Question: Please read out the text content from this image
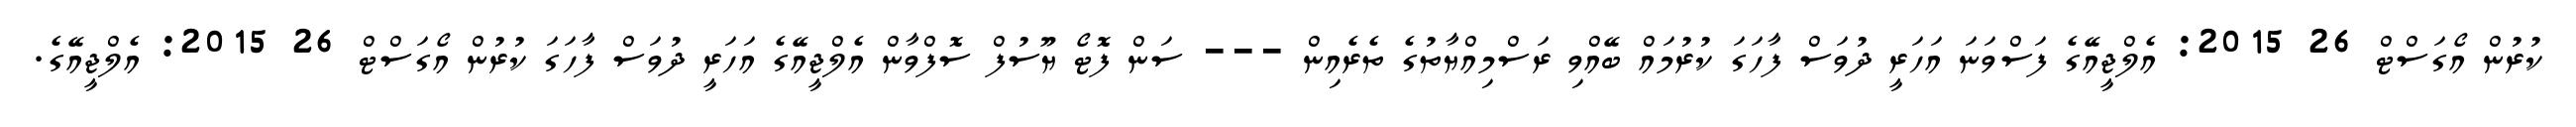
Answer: ކުރުން އޯގަސްޓް 26 2015: އެލްޖީއޭގެ ފަސްވަނަ އަހަރީ ދުވަސް ފާހަގަ ކުރުމައް ބޭއްވި ރަސްމިއްޔާތުގެ ތެރެއިން --- ސަން ފޮޓޯ ޔޫސުފް ސޮފްވާން އެލްޖީއޭގެ އަހަރީ ދުވަސް ފާހަގަ ކުރުން އޯގަސްޓް 26 2015: އެލްޖީއޭގެ.